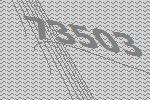
73503